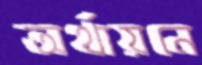
অর্থায়নে